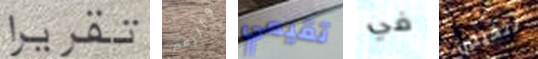
تقريرا والرقم تقيمي في تتخيلين